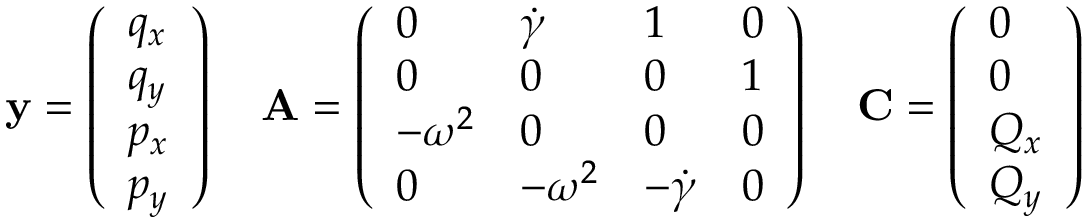
\mathbf { { y } } = \left( \begin{array} { l } { q _ { x } } \\ { q _ { y } } \\ { p _ { x } } \\ { p _ { y } } \end{array} \right) \quad \mathbf { { A } } = \left( \begin{array} { l l l l } { 0 } & { \dot { \gamma } } & { 1 } & { 0 } \\ { 0 } & { 0 } & { 0 } & { 1 } \\ { - \omega ^ { 2 } } & { 0 } & { 0 } & { 0 } \\ { 0 } & { - \omega ^ { 2 } } & { - \dot { \gamma } } & { 0 } \end{array} \right) \quad \mathbf { { C } } = \left( \begin{array} { l } { 0 } \\ { 0 } \\ { Q _ { x } } \\ { Q _ { y } } \end{array} \right)